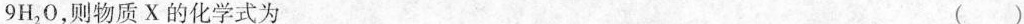
9 H_{ 2 | O，则物质 X 的化学式为 ( )